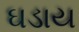
ઘડાય